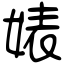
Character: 婊